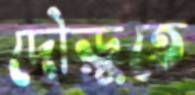
দৌড়ুতে